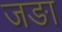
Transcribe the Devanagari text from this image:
जङा